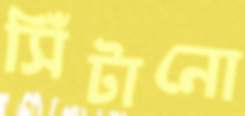
সিঁটানো